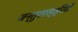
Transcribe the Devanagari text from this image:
जन्तुशास्त्रियों